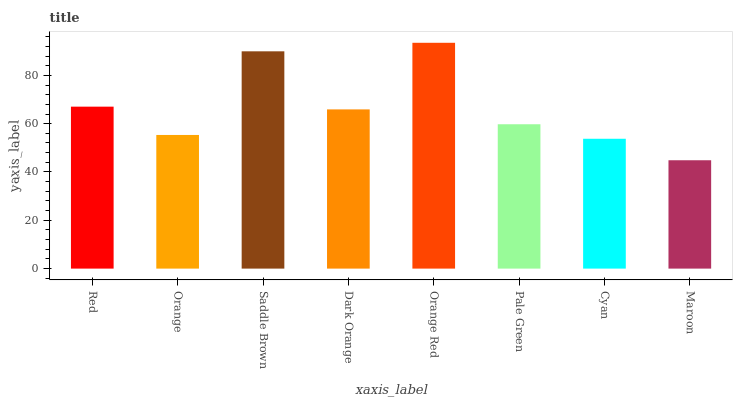
| xaxis_label | bars |
 | --- | --- |
 | Red | 67 |
 | Orange | 55.3 |
 | Saddle Brown | 90 |
 | Dark Orange | 65.9 |
 | Orange Red | 93.5 |
 | Pale Green | 59.8 |
 | Cyan | 53.8 |
 | Maroon | 44.9 |